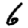
Digit: 6